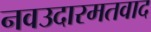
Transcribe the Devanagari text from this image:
नवउदारमतवाद